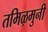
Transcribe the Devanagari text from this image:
तमिऴमुनी